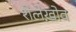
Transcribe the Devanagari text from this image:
शेलेख़ोव